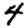
Digit: 4